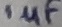
Text: 1µF